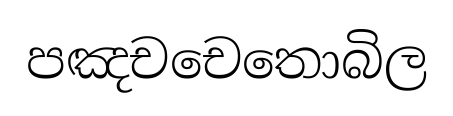
පඤචචෙතොබිල